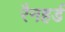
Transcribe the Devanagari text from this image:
रैनहर्ड